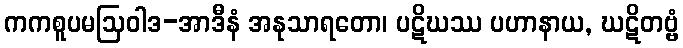
ကကစူပမဩဝါဒ-အာဒီနံ အနုသာရတော၊ ပဋိဃဿ ပဟာနာယ, ဃဋိတဗ္ဗံ